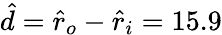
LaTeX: \hat{d}=\hat{r}_{o}-\hat{r}_{i}=15.9